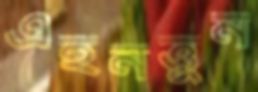
এহনত্তুন